Annual report of the Punjab Veterinary College and of the Civil Veterinary Department, Punjab - 1920-1925
Year: 1920
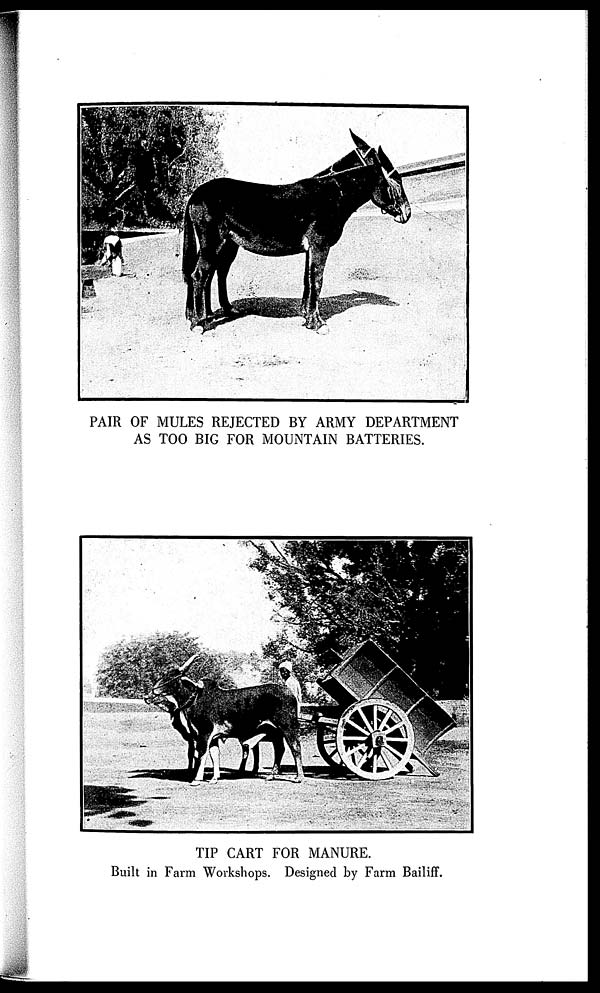
PAIR OF MULES REJECTED BY ARMY DEPARTMENT
AS TOO BIG FOR MOUNTAIN BATTERIES.
TIP CART FOR MANURE.
Built in Farm Workshops. Designed by Farm Bailiff.